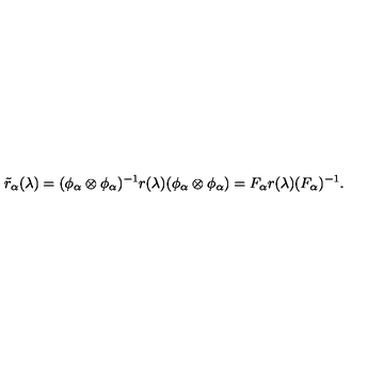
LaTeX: \tilde { r } _ { \alpha } ( \lambda ) = ( \phi _ { \alpha } \otimes \phi _ { \alpha } ) ^ { - 1 } r ( \lambda ) ( \phi _ { \alpha } \otimes \phi _ { \alpha } ) = F _ { \alpha } r ( \lambda ) ( F _ { \alpha } ) ^ { - 1 } .